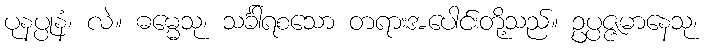
ပုနပ္ပုနံ၊ လဲ။ ဓမ္မေသု၊ သင်္ခါရစသော တရားအပေါင်းတို့သည်။ ဥပ္ပဇ္ဇမာနေသု၊